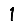
Digit: 1